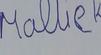
Signature authenticity: forged